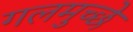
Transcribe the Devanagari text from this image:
गलमुच्छे